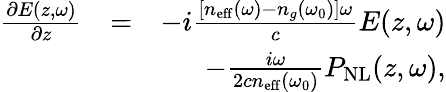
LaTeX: \begin{array}{rlr}{\frac{\partial E(z,\omega)}{\partial z}}&{=}&{-i\frac{[n_{\mathrm{eff}}(\omega)-n_{g}(\omega_{0})]\omega}{c}E(z,\omega)}\\ &{}&{-\frac{i\omega}{2cn_{\mathrm{eff}}(\omega_{0})}P_{\mathrm{NL}}(z,\omega),}\end{array}